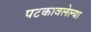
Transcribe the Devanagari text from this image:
पटकावलेल्या